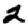
Digit: 2